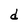
Character: d